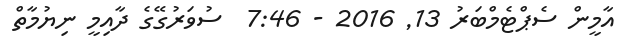
އާމީން ސެޕްޓެމްބަރު 13